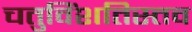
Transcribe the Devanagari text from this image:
चतुविंशतिस्तव